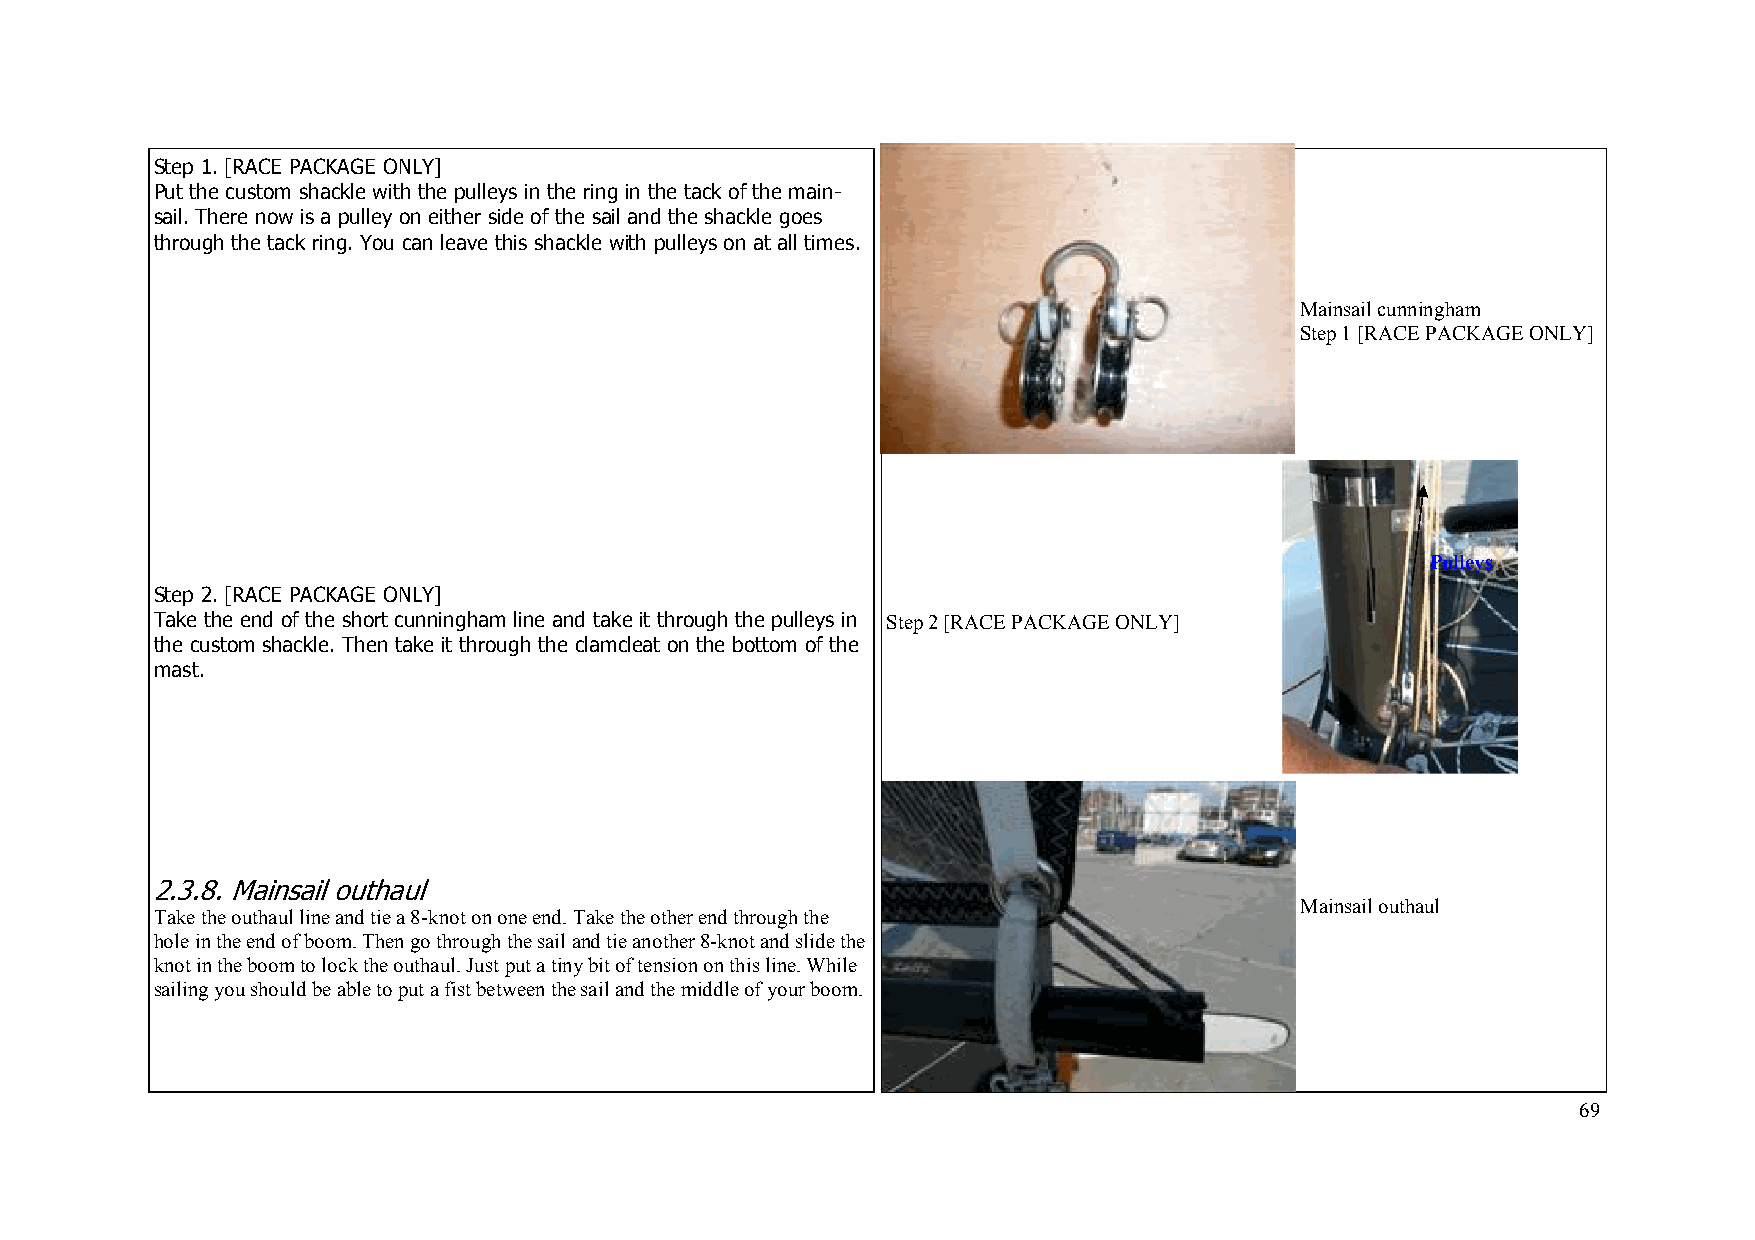
Step 1. [RACE PACKAGE ONLY]
 Put the custom shackle with the pulleys in the ring in the tack of the main-
 sail. There now is a pulley on either side of the sail and the shackle goes
 through the tack ring. You can leave this shackle with pulleys on at all times.
 Mainsail cunningham
 Step 1 [RACE PACKAGE ONLY]
 Pulleys
 Step 2. [RACE PACKAGE ONLY]
 Take the end of the short cunningham line and take it through the pulleys in Step 2 [RACE PACKAGE ONLY]
 the custom shackle. Then take it through the clamcleat on the bottom of the
 mast.
 2.3.8. Mainsail outhaul
 Mainsail outhaul
 Take the outhaul line and tie a 8-knot on one end. Take the other end through the
 hole in the end of boom. Then go through the sail and tie another 8-knot and slide the
 knot in the boom to lock the outhaul. Just put a tiny bit of tension on this line. While
 sailing you should be able to put a fist between the sail and the middle of your boom.
 69